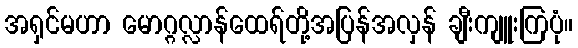
အရှင်မဟာ မောဂ္ဂလ္လာန်ထေရ်တို့အပြန်အလှန် ချီးကျူးကြပုံ။